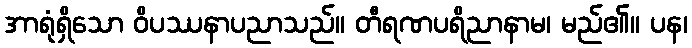
အာရုံရှိသော ဝိပဿနာပညာသည်။ တီရဏပရိညာနာမ၊ မည်၏။ ပန၊